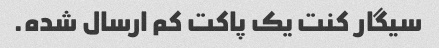
سیگار کنت یک پاکت کم ارسال شده.